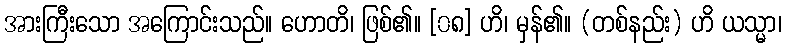
အားကြီးသော အကြောင်းသည်။ ဟောတိ၊ ဖြစ်၏။ [၀၈] ဟိ၊ မှန်၏။ (တစ်နည်း) ဟိ ယသ္မာ၊